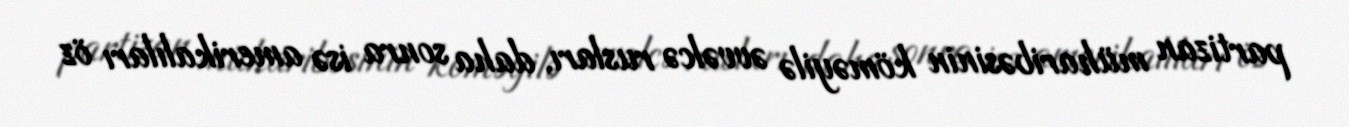
partizan müharibəsinin köməyilə əvvəlcə rusları, daha sonra isə amerikalıları öz